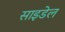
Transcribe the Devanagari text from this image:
साइडेल